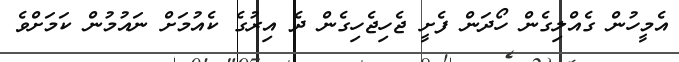
އެމީހުން ގެއްލިގެން ހޯދަން ފެށީ ޖެހިޖެހިގެން ދެ އިރުގެ ކެއުމަށް ނައުމުން ކަމަށްވެ